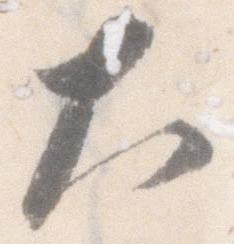
大